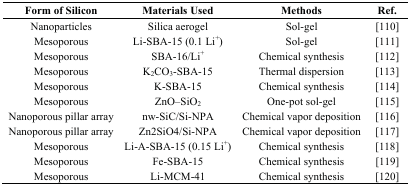
| Form of Silicon | Materials Used | Methods | Ref. |
 | --- | --- | --- | --- |
 | Nanoparticles | Silica aerogel | Sol-gel | [110] |
 | Mesoporous | Li-SBA-15 (0.1 Li+) | Sol-gel | [111] |
 | Mesoporous | SBA-16/Li+ | Chemical synthesis | [112] |
 | Mesoporous | K2CO3-SBA-15 | Thermal dispersion | [113] |
 | Mesoporous | K-SBA-15 | Chemical synthesis | [114] |
 | Mesoporous | ZnO–SiO2 | One-pot sol-gel | [115] |
 | Nanoporous pillar array | nw-SiC/Si-NPA | Chemical vapor deposition | [116] |
 | Nanoporous pillar array | Zn2SiO4/Si-NPA | Chemical vapor deposition | [117] |
 | Mesoporous | Li-A-SBA-15 (0.15 Li+) | Chemical synthesis | [118] |
 | Mesoporous | Fe-SBA-15 | Chemical synthesis | [119] |
 | Mesoporous | Li-MCM-41 | Chemical synthesis | [120] |